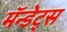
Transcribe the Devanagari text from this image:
मॅन्डेट्स